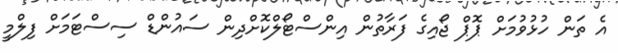
އެ ތަން ހުޅުވުމަށް ޕޮޕް ޖޯއިގެ ފަރާތުން އިންސްޓޯލްކޮށްދިން ސައުންޑް ސިސްޓަމަށް ފިލްމީ